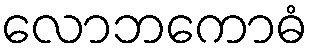
လောဘကောဓံ